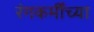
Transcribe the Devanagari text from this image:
रंगकर्मींच्या